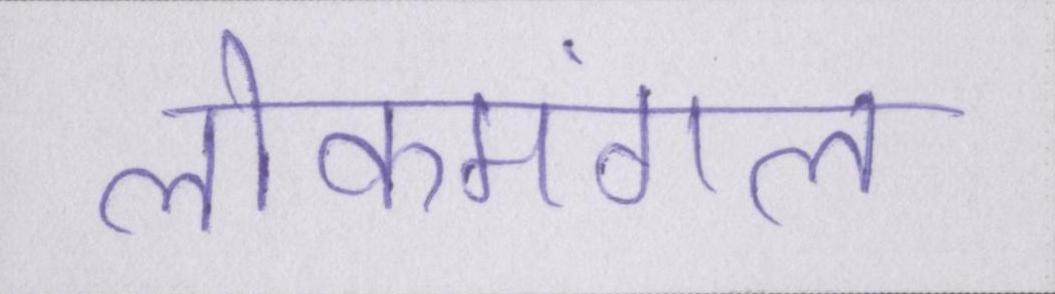
लोकमंगल